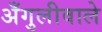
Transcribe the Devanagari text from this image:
अँगुलीवाले